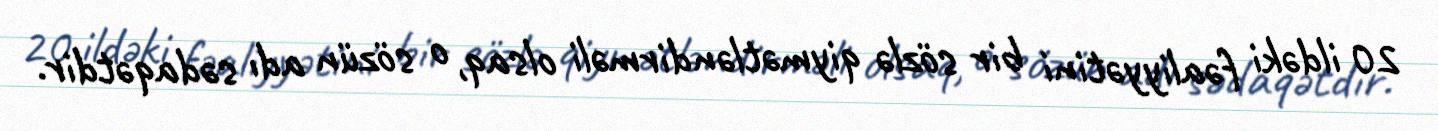
20 ildəki fəaliyyətini bir sözlə qiymətləndirməli olsaq, o sözün adı sədaqətdir.